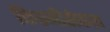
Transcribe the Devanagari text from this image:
किङनीसेकश